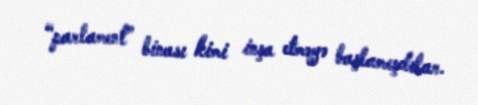
“parlament” binası kimi inşa etməyə başlamışdılar.